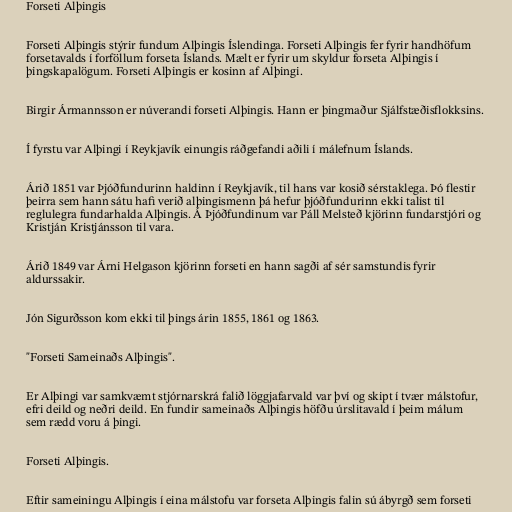
Forseti Alþingis

Forseti Alþingis stýrir fundum Alþingis Íslendinga. Forseti Alþingis fer fyrir handhöfum
forsetavalds í forföllum forseta Íslands. Mælt er fyrir um skyldur forseta Alþingis í
þingskapalögum. Forseti Alþingis er kosinn af Alþingi.

Birgir Ármannsson er núverandi forseti Alþingis. Hann er þingmaður Sjálfstæðisflokksins.

Í fyrstu var Alþingi í Reykjavík einungis ráðgefandi aðili í málefnum Íslands.

Árið 1851 var Þjóðfundurinn haldinn í Reykjavík, til hans var kosið sérstaklega. Þó flestir
þeirra sem hann sátu hafi verið alþingismenn þá hefur þjóðfundurinn ekki talist til
reglulegra fundarhalda Alþingis. Á Þjóðfundinum var Páll Melsteð kjörinn fundarstjóri og
Kristján Kristjánsson til vara.

Árið 1849 var Árni Helgason kjörinn forseti en hann sagði af sér samstundis fyrir
aldurssakir.

Jón Sigurðsson kom ekki til þings árin 1855, 1861 og 1863.

"Forseti Sameinaðs Alþingis".

Er Alþingi var samkvæmt stjórnarskrá falið löggjafarvald var því og skipt í tvær málstofur,
efri deild og neðri deild. En fundir sameinaðs Alþingis höfðu úrslitavald í þeim málum
sem rædd voru á þingi.

Forseti Alþingis.

Eftir sameiningu Alþingis í eina málstofu var forseta Alþingis falin sú ábyrgð sem forseti